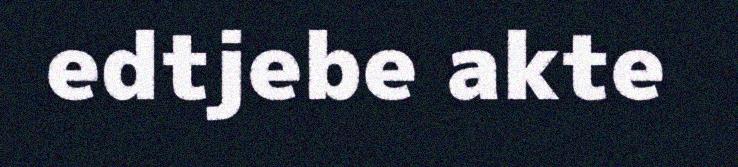
edtjebe akte